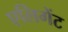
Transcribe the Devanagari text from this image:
एलिगेंट